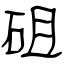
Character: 砠